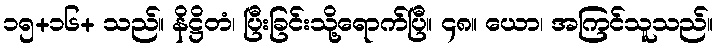
၁၅+၁၆+ သည်။ နိဋ္ဌိတံ၊ ပြီးခြင်းသို့ရောက်ပြီ။ ၄၈။ ယော၊ အကြင်သူသည်။